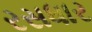
રસધાર